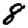
Digit: 8